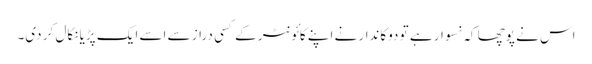
اس نے پوچھا کہ نسوار ہے تو دوکاندار نے اپنے کائونٹر کے کسی دراز سے اسے ایک پڑیا نکال کر دی۔